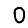
Digit: 0